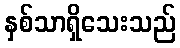
နှစ်သာရှိသေးသည်